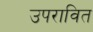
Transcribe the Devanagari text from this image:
उपरावित